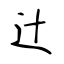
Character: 辻